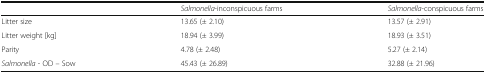
|  | Salmonella-inconspicuous farms | Salmonella-conspicuous farms |
 | --- | --- | --- |
 | Litter size | 13.65 (± 2.10) | 13.57 (± 2.91) |
 | Litter weight [kg] | 18.94 (± 3.99) | 18.93 (± 3.51) |
 | Parity | 4.78 (± 2.48) | 5.27 (± 2.14) |
 | Salmonella - OD – Sow | 45.43 (± 26.89) | 32.88 (± 21.96) |